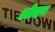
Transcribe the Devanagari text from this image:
ओदन